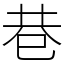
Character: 巷